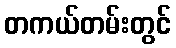
တကယ်တမ်းတွင်